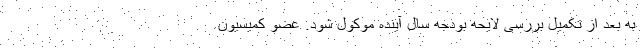
به بعد از تکمیل بررسی لایحه بودجه سال آینده موکول شود. عضو کمیسیون